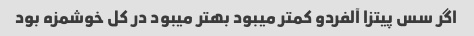
اگر سس پیتزا آلفردو کمتر میبود بهتر میبود در کل خوشمزه بود